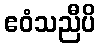
ဧဝံသညီပိ